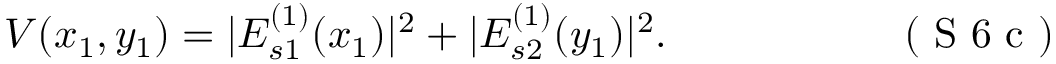
V ( x _ { 1 } , y _ { 1 } ) = | E _ { s 1 } ^ { ( 1 ) } ( x _ { 1 } ) | ^ { 2 } + | E _ { s 2 } ^ { ( 1 ) } ( y _ { 1 } ) | ^ { 2 } . \eqno { ( \textrm { S 6 c } ) }